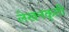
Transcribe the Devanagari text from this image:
लेखनकृती